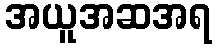
အယူအဆအရ